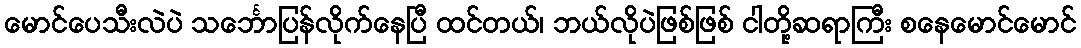
မောင်ပေသီးလဲပဲ သင်္ဘောပြန်လိုက်နေပြီ ထင်တယ်၊ ဘယ်လိုပဲဖြစ်ဖြစ် ငါတို့ဆရာကြီး စနေမောင်မောင်